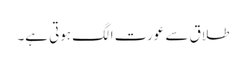
طلاق سے عورت الگ ہوتی ہے۔